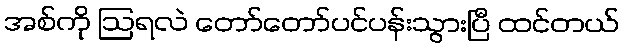
အစ်ကို ဩရလဲ တော်တော်ပင်ပန်းသွားပြီ ထင်တယ်